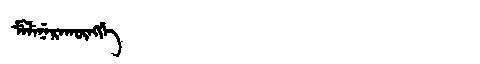
Manchu: ᠮᡝᠯᡝᠨᡝᡵᠠᡴᡡᠩᡤᡝ
Romanization: MELENERAKŪNGGE